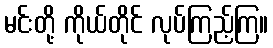
မင်းတို့ ကိုယ်တိုင် လုပ်ကြည့်ကြ။